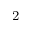
_ \mathrm { 2 }